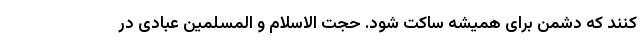
کنند که دشمن برای همیشه ساکت شود. حجت‌ الاسلام و المسلمین عبادی در